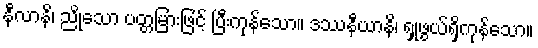
နီလာနိ၊ ညိုသော ပတ္တမြားဖြင့် ပြီးကုန်သော။ ဒဿနီယာနိ၊ ရှုဖွယ်ရှိကုန်သော။